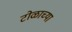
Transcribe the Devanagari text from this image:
टोळाच्या